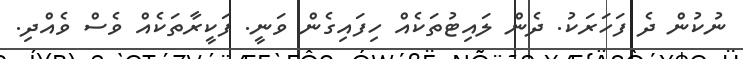
ނުކުން ދެ ފަހަރަކު. ދެން ލައިޓުތަކެއް ހިފައިގެން ވަނީ. ފަކީރާތަކެއް ވެސް ވެއްދި.